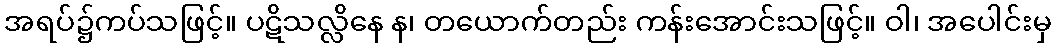
အရပ်၌ကပ်သဖြင့်။ ပဋိသလ္လိနေ န၊ တယောက်တည်း ကန်းအောင်းသဖြင့်။ ဝါ၊ အပေါင်းမှ